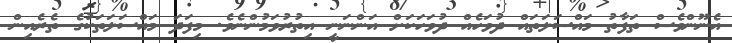
އެނޫންވެސް ތަފާތު މައްސަލަތައް ދުވަހެއް ދުވަހަކަށް އަންނަނީ އިތުރުވަމުންނެވެ. މިފަދަ މައްސަލަތަކުގެ ތެރެއިން